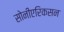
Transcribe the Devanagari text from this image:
सोनीएरिकसन